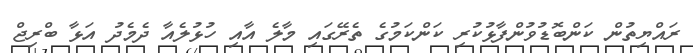
ރައްޔިތުން ކަންބޮޑުވުންފާޅުކުރި ކަންކަމުގެ ތެރޭގައި މާލެ އާއި ހުޅުލެއާ ދެމެދު އަޅާ ބްރިޖް